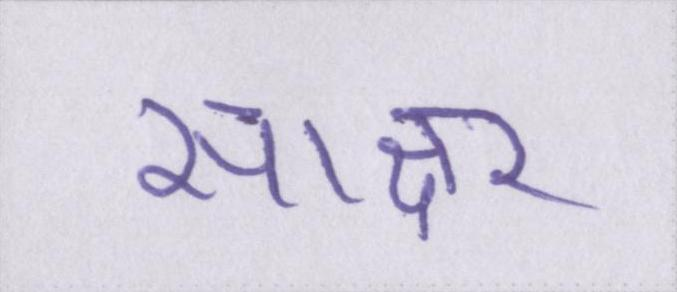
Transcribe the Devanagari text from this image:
साक्षर